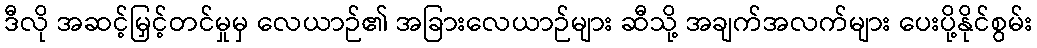
ဒီလို အဆင့်မြှင့်တင်မှုမှ လေယာဉ်၏ အခြားလေယာဉ်များ ဆီသို့ အချက်အလက်များ ပေးပို့နိုင်စွမ်း